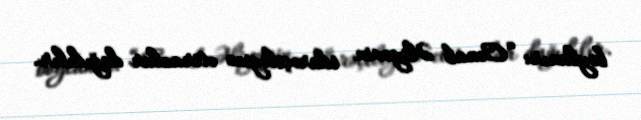
boylanır: “Cənab Əliyevin idarəçiliyinə etirazlar dağıdılır.